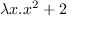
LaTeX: \lambda x . x ^ { 2 } + 2